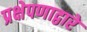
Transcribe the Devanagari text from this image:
प्रक्षेपणाद्वारे